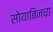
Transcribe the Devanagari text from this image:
सोयाबिनचा